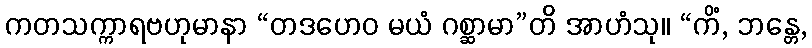
ကတသက္ကာရဗဟုမာနာ “တဒဟေဝ မယံ ဂစ္ဆာမာ”တိ အာဟံသု။ “ကိံ, ဘန္တေ,